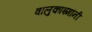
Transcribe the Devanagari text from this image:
वालुकाश्मांनी